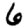
Digit: 6